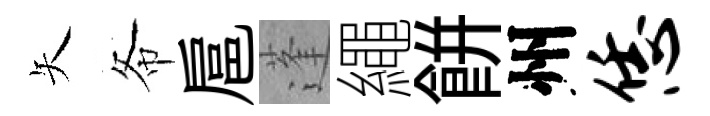
矢𢁙扈蓬繩餅州恁